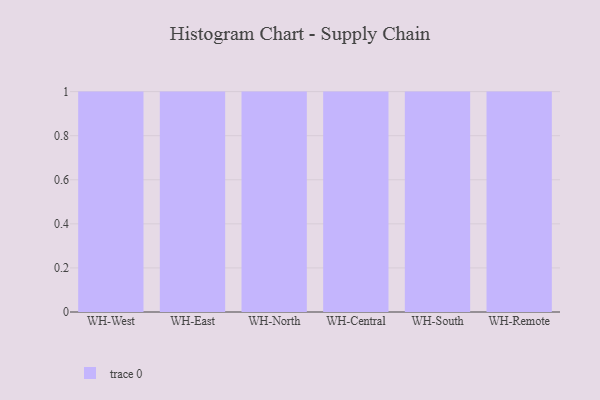
{"axis": {"x": "Warehouse", "y": "Waste Production (Tons)"}, "legend": [""], "data": [{"x": "WH-West", "y": 79, "type": ""}, {"x": "WH-East", "y": 10, "type": ""}, {"x": "WH-North", "y": 49, "type": ""}, {"x": "WH-Central", "y": 35, "type": ""}, {"x": "WH-South", "y": 12, "type": ""}, {"x": "WH-Remote", "y": 59, "type": ""}]}